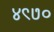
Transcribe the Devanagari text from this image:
४९७०